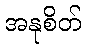
အနုစိတ်